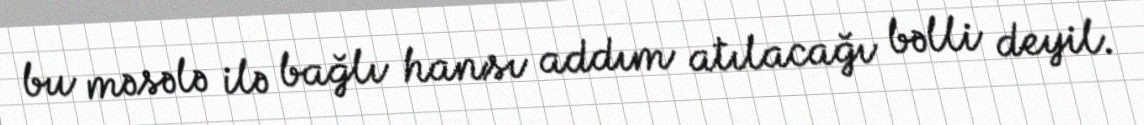
bu məsələ ilə bağlı hansı addım atılacağı bəlli deyil.